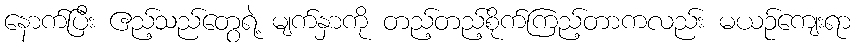
နောက်ပြီး ဧည့်သည်တွေရဲ့ မျက်နှာကို တည့်တည့်စိုက်ကြည့်တာကလည်း မယဉ်ကျေးရာ